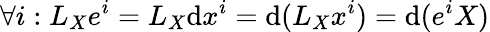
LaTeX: \forall i:L_{X}e^{i}=L_{X}\mathrm{d}x^{i}=\mathrm{d}(L_{X}x^{i})=\mathrm{d}(e^{i}X)